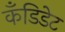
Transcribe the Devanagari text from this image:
कँडिडेट